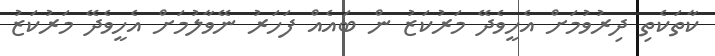
ކާތަކެތި ދިރުވުމަށް އެހީވެދޭ މަރުކަޒު ން ބައެއް ފަހަރު ނޭވާލުމަށް އެހީވެދޭ މަރުކަޒު